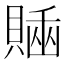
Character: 𧷊